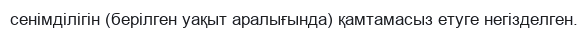
сенімділігін (берілген уақыт аралығында) қамтамасыз етуге негізделген.